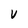
Character: V